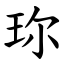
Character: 珎